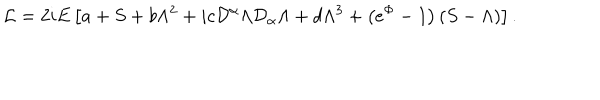
{ \mathcal { L } } = 2 i E \left[ a + S + b \Lambda ^ { 2 } + i c { \mathcal { D } } ^ { \alpha } \Lambda { \mathcal { D } } _ { \alpha } \Lambda + d \Lambda ^ { 3 } + \left( e ^ { \Phi } - 1 \right) \left( S - \Lambda \right) \right] .